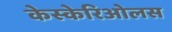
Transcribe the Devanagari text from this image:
केस्केरिओलस